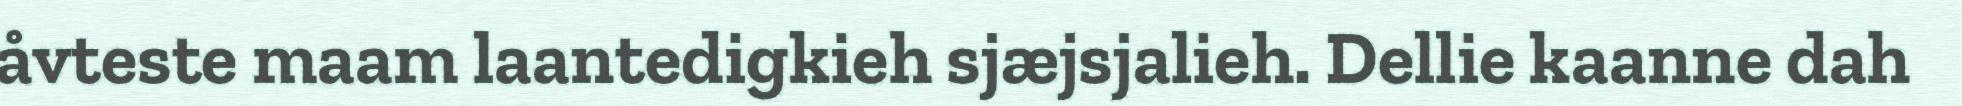
åvteste maam laantedigkieh sjæjsjalieh. Dellie kaanne dah